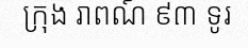
ក្រុង រាពណ៍ ៩៣ ទូរ